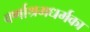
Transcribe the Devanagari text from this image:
वर्णाश्रमधर्मका